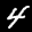
Label: 4